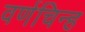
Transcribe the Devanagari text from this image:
वर्णचिन्ह